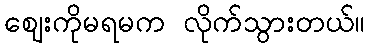
ဈေးကိုမရမက လိုက်သွားတယ်။